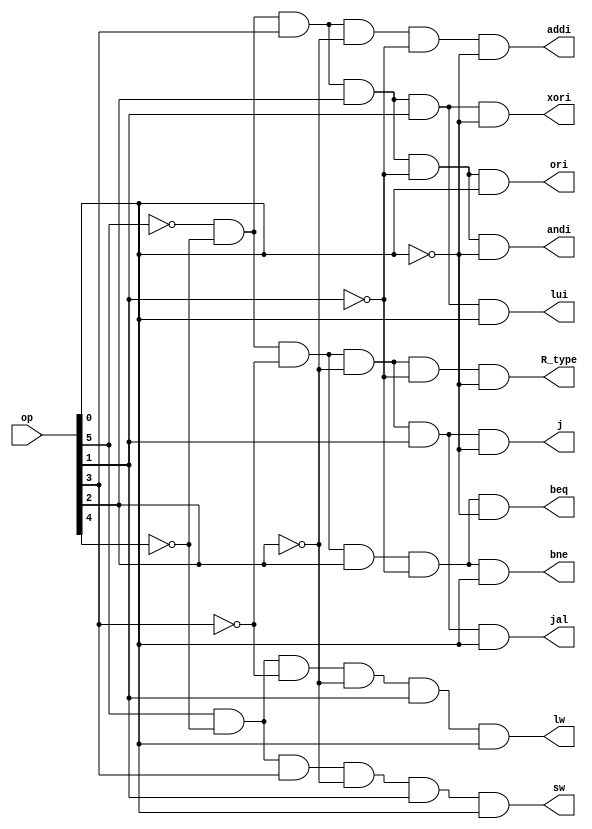
`timescale 1ns / 1ps
//////////////////////////////////////////////////////////////////////////////////
// Company: 
// Engineer: 
// 
// Design Name: 
// Module Name:    Instruction_Interpreter 
// Project Name: 
// Target Devices: 
// Tool versions: 
// Description: 
//
// Dependencies: 
//
// Revision: 
// Revision 0.01 - File Created
// Additional Comments: 
//
//////////////////////////////////////////////////////////////////////////////////
module Instruction_Interpreter(op, R_type, addi, andi, ori, xori, lw, sw, beq, bne, lui, j ,jal);
	input	[5:0]	op;
	output R_type;
	output addi;
	output andi;
	output ori;
	output xori;
	output lw;
	output sw;
	output beq;
	output bne;
	output lui;
	output j;
	output jal;
	
	and(R_type,	~op[5], ~op[4], ~op[3], ~op[2], ~op[1], ~op[0]);
	and(addi,	~op[5], ~op[4],  op[3], ~op[2], ~op[1], ~op[0]);
	and(andi,	~op[5], ~op[4],  op[3],  op[2], ~op[1], ~op[0]);
	and(ori, 	~op[5], ~op[4],  op[3],  op[2], ~op[1],  op[0]);
	and(xori,	~op[5], ~op[4],  op[3],  op[2],  op[1], ~op[0]);
	and(lw,		 op[5], ~op[4], ~op[3], ~op[2],  op[1],  op[0]);
	and(sw,		 op[5], ~op[4],  op[3], ~op[2],  op[1],  op[0]);
	and(beq,		~op[5], ~op[4], ~op[3],  op[2], ~op[1], ~op[0]);
	and(bne,		~op[5], ~op[4], ~op[3],  op[2], ~op[1],  op[0]);
	and(lui,		~op[5], ~op[4],  op[3],  op[2],  op[1],  op[0]);
	and(j,		~op[5], ~op[4], ~op[3], ~op[2],  op[1], ~op[0]);
	and(jal,		~op[5], ~op[4], ~op[3], ~op[2],  op[1],  op[0]);

endmodule